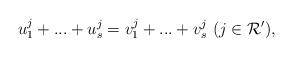
LaTeX: \begin{align*}u_1^j + ... + u_s^j = v_1^j + ... + v_s^j \ (j \in \mathcal{R'} ),\end{align*}